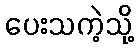
ပေးသကဲ့သို့